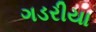
ગડરીયા